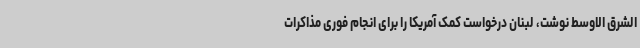
الشرق الاوسط نوشت، لبنان درخواست کمک آمریکا را برای انجام فوری مذاکرات